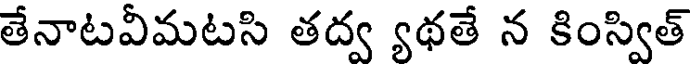
తేనాటవీమటసి తద్వ యథతే న కింస్విత్